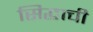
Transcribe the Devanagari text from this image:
सिद्धाची